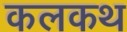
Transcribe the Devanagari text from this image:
कलकथ